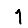
Digit: 1